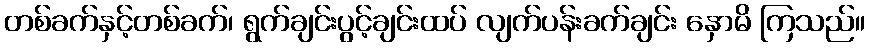
တစ်ခက်နှင့်တစ်ခက်၊ ရွက်ချင်းပွင့်ချင်းထပ် လျက်ပန်းခက်ချင်း နှောမိ ကြသည်။